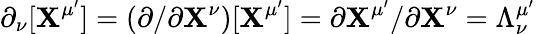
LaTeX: \partial_{\nu}[\mathbf{X}^{\mu^{\prime}}]=(\partial/\partial\mathbf{X}^{\nu})[\mathbf{X}^{\mu^{\prime}}]=\partial\mathbf{X}^{\mu^{\prime}}/\partial\mathbf{X}^{\nu}=\Lambda_{\nu}^{\mu^{\prime}}